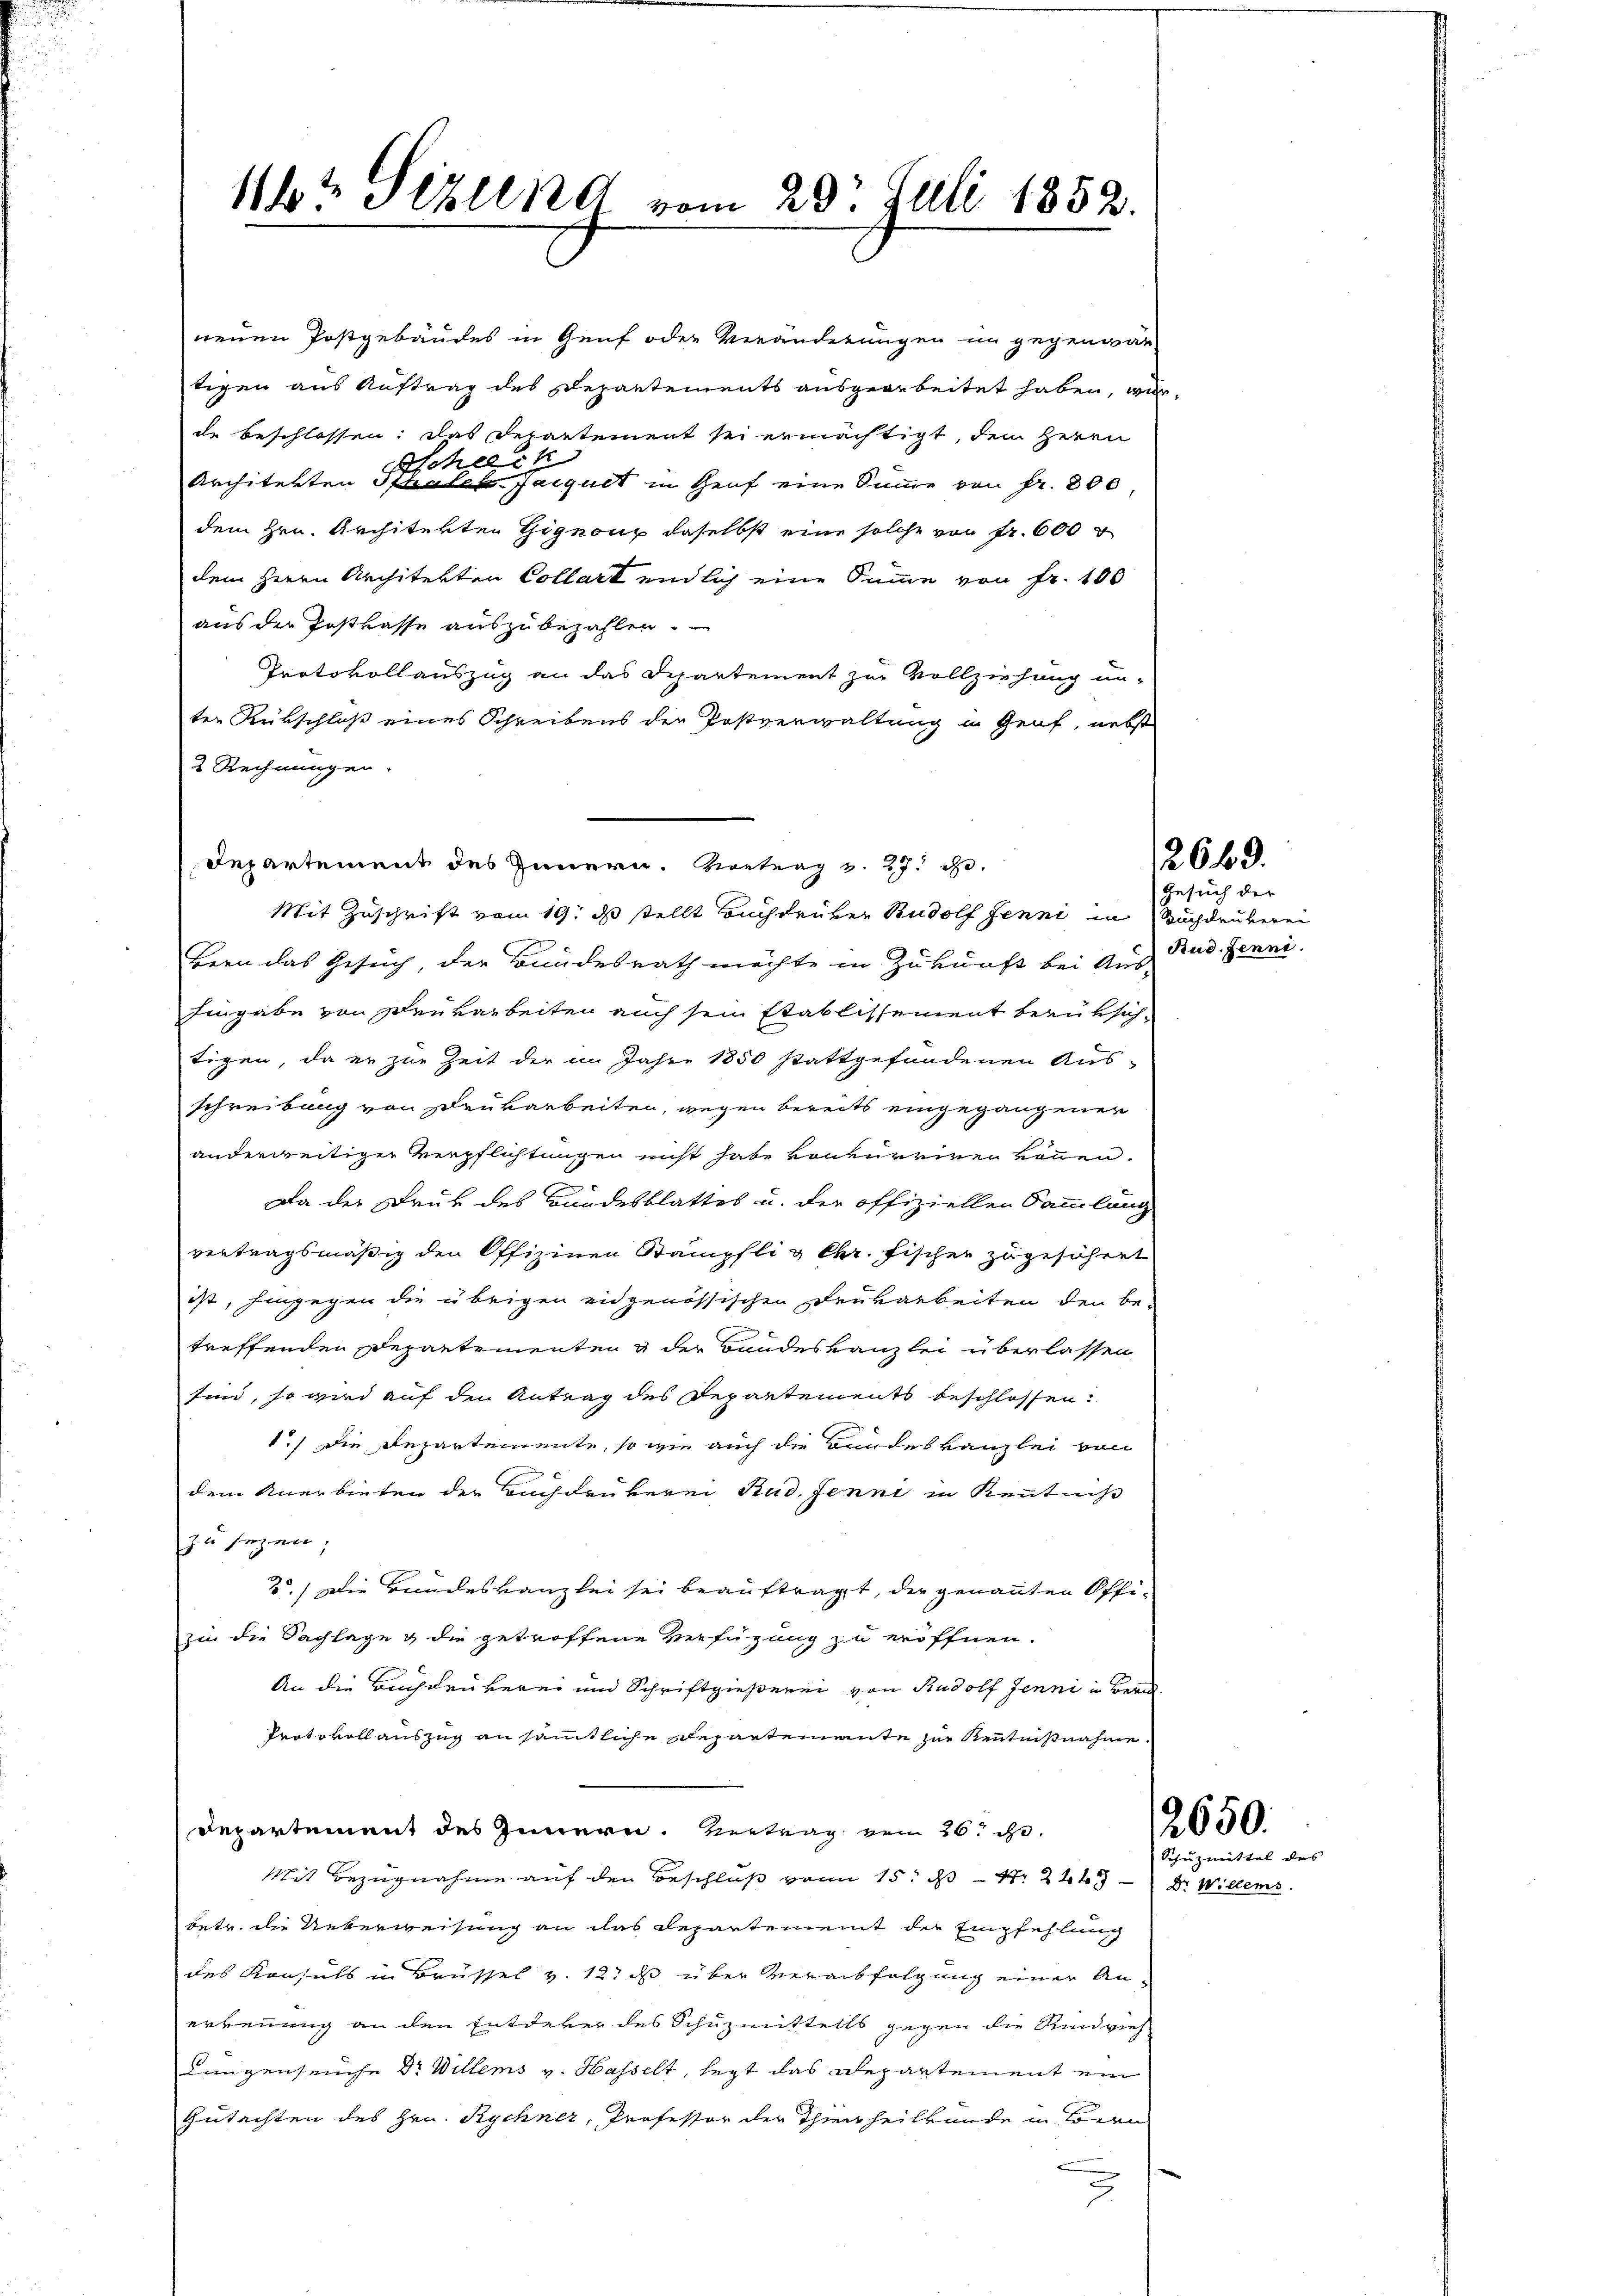
11te Elend vom 20t Juli 1852.

neuen Postgebäudes in Genf oder Veränderungen im gegenwär-
rigen aus Auftrag des Departements ausgearbeitet haben, wir
de beschlossen; das Departement sei ermächtigt, dem Herrn
Architekten der eine gut in Heuf eine Summe von Fr. 800
dem Hrn. Architekten Gignong daselbst eine solche von fr. 600 r
dem Herrn Architekten Collart endlich eine Summe von Fr. 100
aus der Postkasse auszubezahlen.
Protokollauszug an das Departement zur Vollziehung un-
ter Rürschloß eines Schreibens der Postverwaltung in Genf, nebst
2 Rechnungen.
Departement des Innern. Vortrag v. 27. ge
Mit Zuschrift vom 19. ds stellt Buchdruker Rudolf Jenni in Nachdenberei
bern das Gesuch, der Bundesrath möchte in Zukunft bei Aus Rud. Jenni
Eingabe von Drukarbeiten auch sein Etablissement berüksichtigen, da er zur Zeit der im Jahre 1850 stattgefundenen Aus-
schreibung von Deukarbeiten, wegen bereits eingegangener
anderweitiger Verpflichtungen nicht habe vonkurriren können.
Da der Druk des Bundesblattes u. der offiziellen Sammlang
vertragsmäßig den Offizinen Stämpfli & Chr. Fischer zugesöhert
ist, hingegen die übrigen eidgenössischen Drukarbeiten den be-
treffenden Departementen & der Bundeskanzlei überlassen,
sind, so wird auf den Antrag des Departements beschlossen:
1.) Die Departemente, so wie auch die Bundeskanzlei von
dem Anerbieten der Buchdrukerei Rud. Jenni in Kenntniß
zu sezen;
2.) Die Bandeskanzlei sei beauftragt, der genannten Offizin die Sachlage & die getroffene Verfügung zu eröffnen.
An die Buchdrukerei und Schriftgießerei von Rudolf Jenni in Bern
Protokoll auszug an sämtliche Repartemente zur Kenntnißnahme.
Departement des Innern. Vertrag vom 26. d.
Mit Bezugnahme auf den Beschluß von 15. d. 4. 245 - Dr. Willens
betr. die Ueberweisung an das Departement der Empfehlung
des Konsuls in Brüssel v. 12. ds über Verabfolgung einer An-
erkennung an den Entdeker des Schuzmittells gegen die Rindvieh
Lungenseuche Dr Willems v. Hasselt, legt das Departement ein
Gutachten des Hrn. Rychner, Professor der Thurtheilkunde in Bern

2649.

Gesuch der

2650.
Schuzmittel des